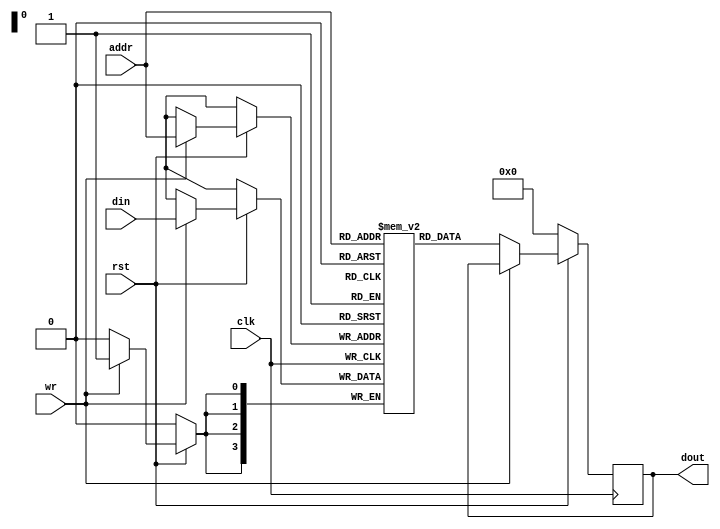
module sramsingleport 
#(parameter addr_width =4,
  parameter data_width =4,
  parameter depth =16)
( input clk,rst,wr,
  input [data_width-1:0] din,//n
  input [addr_width-1:0] addr,//k
  output reg [data_width-1:0] dout);
reg [data_width-1:0] temp [0:depth-1]; //SRAM Memory
always @(posedge clk)
begin
if(rst ==0) dout<='d0;
else if(wr == 1)  temp[addr]<=din;
else        dout <= temp[addr];
end
endmodule